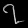
Digit: ၇